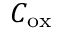
C _ { \mathrm { o x } }